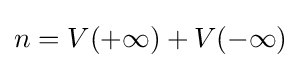
n=V(+\infty )+V(-\infty )